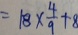
= 1 8 \times \frac { 4 } { 9 } + 8